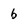
Character: b